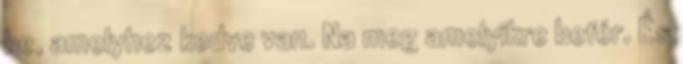
be, amelyhez kedve van. Na meg amelyikre befér. És